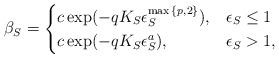
LaTeX: \begin{align*} \beta_S= \begin{cases} c \exp(-qK_S\epsilon_S^{\max{\{p,2\}}}), & \epsilon_S \leq 1 \\c \exp(-q K_S\epsilon_S^{a}), & \epsilon_S >1, \end{cases}\end{align*}